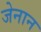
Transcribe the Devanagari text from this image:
जेनान